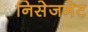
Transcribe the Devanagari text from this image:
निसेजनेट